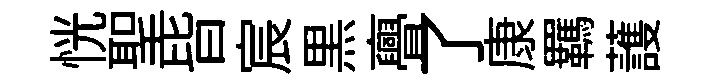
恍聖𣅜宸黒亹了康羈䕶